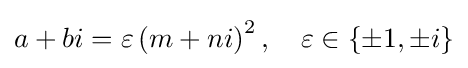
a+bi=\varepsilon \left(m+ni\right)^{2},\quad \varepsilon \in \{\pm 1,\pm i\}